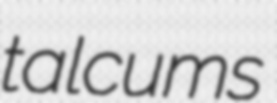
talcums